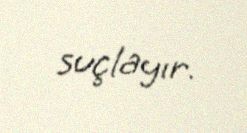
suçlayır.